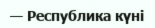
— Республика күні